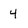
Character: 4